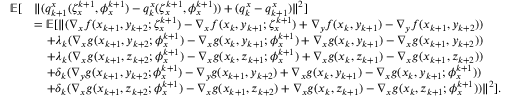
\begin{array} { r l } { \mathbb { E } [ } & { \| ( q _ { k + 1 } ^ { x } ( \zeta _ { x } ^ { k + 1 } , \phi _ { x } ^ { k + 1 } ) - q _ { k } ^ { x } ( \zeta _ { x } ^ { k + 1 } , \phi _ { x } ^ { k + 1 } ) ) + ( q _ { k } ^ { x } - q _ { k + 1 } ^ { x } ) \| ^ { 2 } ] } \\ & { = \mathbb { E } [ \| ( \nabla _ { x } f ( x _ { k + 1 } , y _ { k + 2 } ; \zeta _ { x } ^ { k + 1 } ) - \nabla _ { x } f ( x _ { k } , y _ { k + 1 } ; \zeta _ { x } ^ { k + 1 } ) + \nabla _ { y } f ( x _ { k } , y _ { k + 1 } ) - \nabla _ { y } f ( x _ { k + 1 } , y _ { k + 2 } ) ) } \\ & { \quad + \lambda _ { k } ( \nabla _ { x } g ( x _ { k + 1 } , y _ { k + 2 } ; \phi _ { x } ^ { k + 1 } ) - \nabla _ { x } g ( x _ { k } , y _ { k + 1 } ; \phi _ { x } ^ { k + 1 } ) + \nabla _ { x } g ( x _ { k } , y _ { k + 1 } ) - \nabla _ { x } g ( x _ { k + 1 } , y _ { k + 2 } ) ) } \\ & { \quad + \lambda _ { k } ( \nabla _ { x } g ( x _ { k + 1 } , z _ { k + 2 } ; \phi _ { x } ^ { k + 1 } ) - \nabla _ { x } g ( x _ { k } , z _ { k + 1 } ; \phi _ { x } ^ { k + 1 } ) + \nabla _ { x } g ( x _ { k } , z _ { k + 1 } ) - \nabla _ { x } g ( x _ { k + 1 } , z _ { k + 2 } ) ) } \\ & { \quad + \delta _ { k } ( \nabla _ { y } g ( x _ { k + 1 } , y _ { k + 2 } ; \phi _ { x } ^ { k + 1 } ) - \nabla _ { y } g ( x _ { k + 1 } , y _ { k + 2 } ) + \nabla _ { x } g ( x _ { k } , y _ { k + 1 } ) - \nabla _ { x } g ( x _ { k } , y _ { k + 1 } ; \phi _ { x } ^ { k + 1 } ) ) } \\ & { \quad + \delta _ { k } ( \nabla _ { x } g ( x _ { k + 1 } , z _ { k + 2 } ; \phi _ { x } ^ { k + 1 } ) - \nabla _ { x } g ( x _ { k + 1 } , z _ { k + 2 } ) + \nabla _ { x } g ( x _ { k } , z _ { k + 1 } ) - \nabla _ { x } g ( x _ { k } , z _ { k + 1 } ; \phi _ { x } ^ { k + 1 } ) ) \| ^ { 2 } ] . } \end{array}